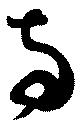
両